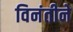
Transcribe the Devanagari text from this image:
विनंतीने